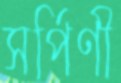
সর্পিণী